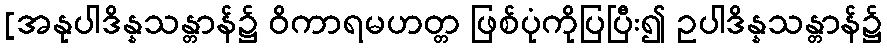
[အနုပါဒိန္နသန္တာန်၌ ဝိကာရမဟတ္တ ဖြစ်ပုံကိုပြပြီး၍ ဥပါဒိန္နသန္တာန်၌